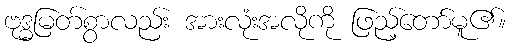
ဗုဒ္ဓမြတ်စွာလည်း အားလုံးအလိုကို ဖြည့်တော်မူ၏။